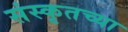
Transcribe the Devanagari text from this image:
संस्‍कृतच्या